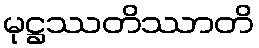
မုဋ္ဌဿတိဿာတိ